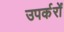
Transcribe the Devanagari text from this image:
उपर्करों